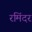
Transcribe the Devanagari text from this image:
रमिंदर